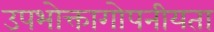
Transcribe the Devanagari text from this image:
उपभोक्तागोपनीयता